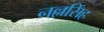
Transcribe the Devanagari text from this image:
नल्लसिंह